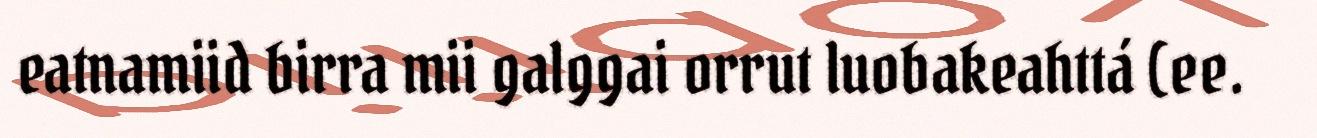
eatnamiid birra mii galggai orrut luobakeahttá (ee.